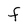
Character: f